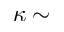
\kappa \sim